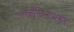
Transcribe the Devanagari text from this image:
आर्जेन्टिनापासून